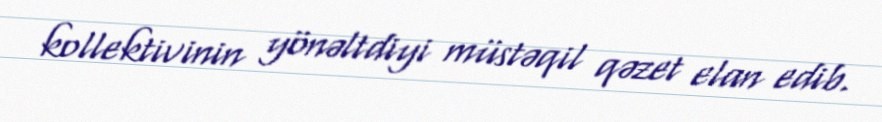
kollektivinin yönəltdiyi müstəqil qəzet elan edib.